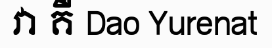
វា គឺ Dao Yurenat